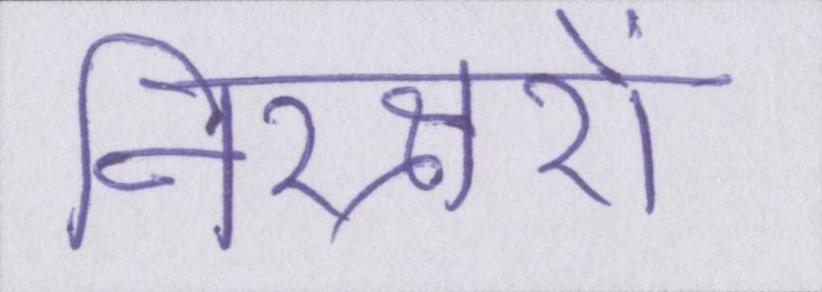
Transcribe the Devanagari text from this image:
निरक्षरों